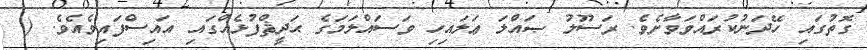
ގޮތުގައި ހޭދަނުކުރައްވަވާށެވެ. ރަސޫލު ޞައްލަ ޢަލައިހި ވަސައްލަމަގެ ޙަދީޘްފުޅެއްގައި އައިސްފައިވެއެވެ. (